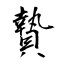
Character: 贄